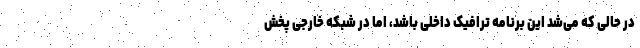
در حالی که می‌شد این برنامه ترافیک داخلی باشد، اما در شبکه خارجی پخش